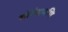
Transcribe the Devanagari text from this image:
गोमेदमणि